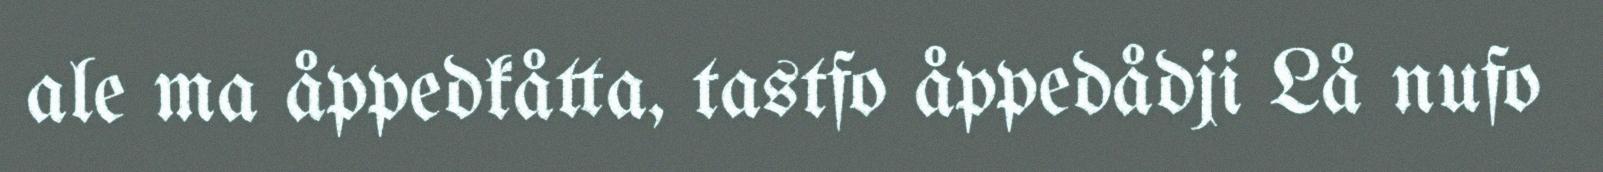
ale ma åppedkåtta, tastfo åppedådji Lå nufo